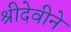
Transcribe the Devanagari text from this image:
श्रीदेवीने